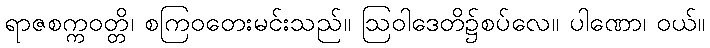
ရာဇစက္ကဝတ္တိ၊ စကြဝတေးမင်းသည်။ ဩဝါဒေတိ၌စပ်လေ။ ပါဏော၊ ဝယ်။